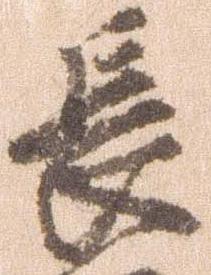
長